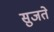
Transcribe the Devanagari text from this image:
सुजते